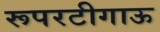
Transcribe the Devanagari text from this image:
रूपरटीगाऊ